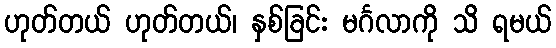
ဟုတ်တယ် ဟုတ်တယ်၊ နှစ်ခြင်း မင်္ဂလာကို သိ ရမယ်